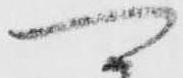
可